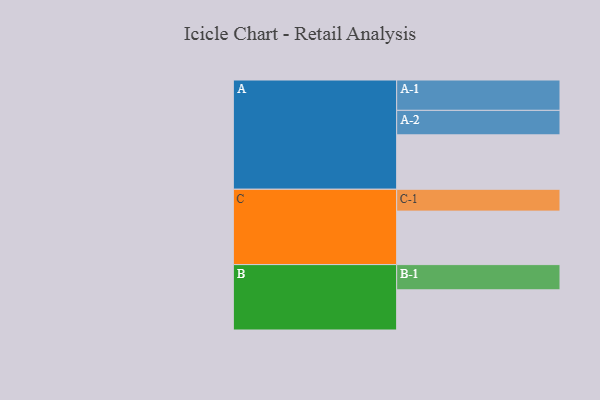
{"axis": {"x": "Segment", "y": "Value"}, "legend": ["", "A", "B", "C"], "data": [{"x": "A", "y": 520, "type": ""}, {"x": "B", "y": 384, "type": ""}, {"x": "C", "y": 511, "type": ""}, {"x": "A-1", "y": 290, "type": "A"}, {"x": "A-2", "y": 234, "type": "A"}, {"x": "B-1", "y": 241, "type": "B"}, {"x": "C-1", "y": 209, "type": "C"}]}